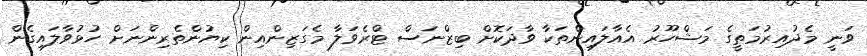
ވަނީ މެދުއިރުމަތީގެ މަޝްހޫރު އެއާލައިންތަކާ ވާދަކޮށް ބިޒްނަސް ޓްރެވަލާ މެގަޒިންއިން ކިޔުންތެރިންނަށް ހުޅުވާލައިގެން